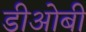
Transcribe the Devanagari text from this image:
डीओबी